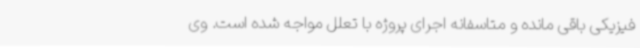
فیزیکی باقی مانده و متاسفانه اجرای پروژه با تعلل مواجه شده است. وی